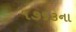
૧૭૬૩ના